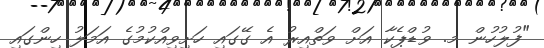
"ފުލުހުން މ. ވުޑްޕެކާ އަށް ވަތްއިރު އެ ގޭގައި ހަށިވިއްކުމުގެ އަމަލު ހިންގައި